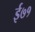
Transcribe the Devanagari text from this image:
ई७१